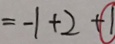
= - 1 + 2 + 1 \textcircled { 1 }